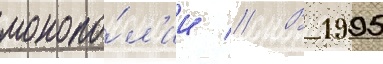
монопо́л'ии // В 1995